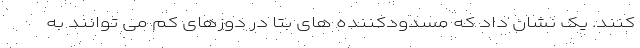
کنند. یک نشان داد که مسدودکننده های بتا در دوزهای کم می توانند به